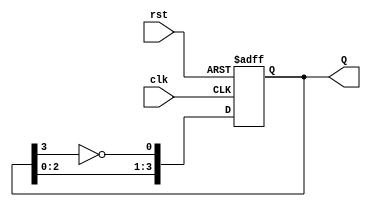
module ring_johnson_counter #(
    parameter n = 4  // Number of flip-flops
)(
    input wire clk,   // Clock input
    input wire rst,   // Asynchronous reset input
    output reg [n-1:0] Q  // Output state of the counter
);

    // Internal signal to hold the feedback value
    wire feedback;

    // Assign feedback as the inverted value of the last flip-flop output
    assign feedback = ~Q[n-1];

    // Sequential logic for the Johnson counter
    always @(posedge clk or posedge rst) begin
        if (rst) begin
            Q <= 0;  // Reset the counter to 0
        end else begin
            // Shift the values and apply feedback
            Q <= {Q[n-2:0], feedback};
        end
    end

endmodule